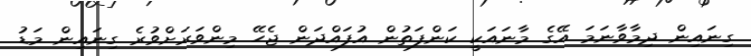
ގިނައިން ދިމާވާނަމަ އޭގެ މާނައަކީ ކަންފަތުން އުފައްދަން ޖެހޭ މިންވަރަށްވުރެ ގިނައިން މަޑު